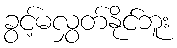
ခွင့်မလွှတ်နိုင်ဘူး